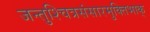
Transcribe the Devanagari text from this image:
जन्तुश्चित्रसंसारमुक्तिभाक्